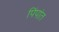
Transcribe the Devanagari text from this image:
पिंपांत